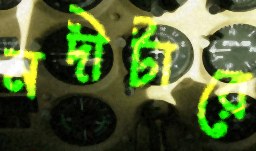
নদীটারে